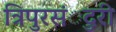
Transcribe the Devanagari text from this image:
त्रिपुरसंुदरी